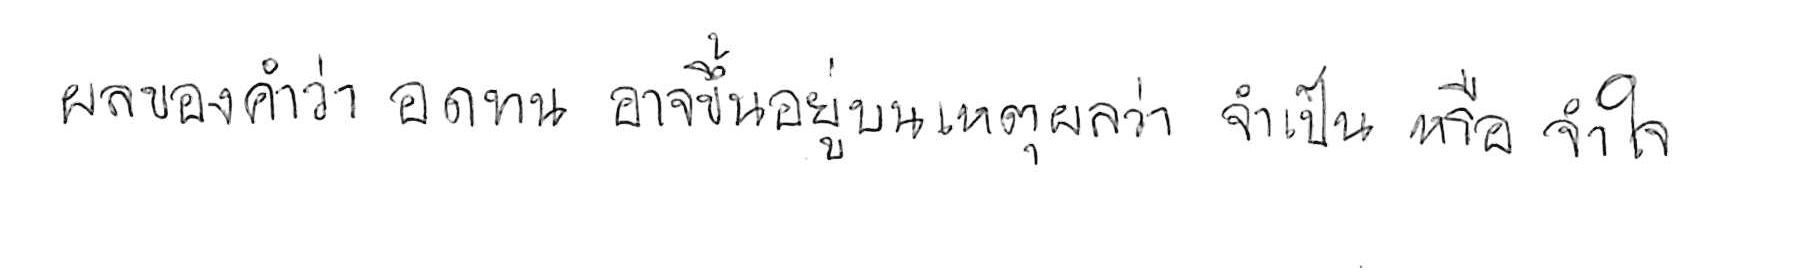
ผลของคำว่า อดทน อาจขึ้นอยู่บนเหตุผลว่า จำเป็น หรือ จำใจ